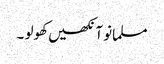
مسلمانو آنکھیں کھولو ۔